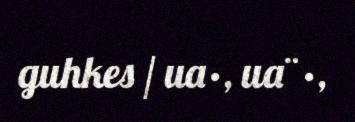
guhkes / ua·, ua¨·,